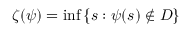
\zeta ( \psi ) = \operatorname* { i n f } \left\{ s : \psi ( s ) \notin D \right\}